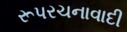
રૂપરચનાવાદી